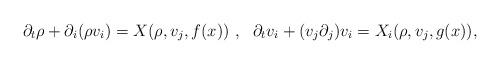
LaTeX: \begin{align*}\partial _t \rho +\partial _i(\rho v_i)=X(\rho ,v_j, f(x))~,~~\partial _t v_i+(v_j\partial _j)v_i=X_i(\rho ,v_j, g(x)),\end{align*}